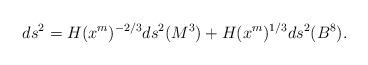
LaTeX: \begin{align*}ds^{2} = H(x^m)^{-2/3} ds^{2}(M^3) + H(x^m)^{1/3} ds^{2} (B^8).\end{align*}